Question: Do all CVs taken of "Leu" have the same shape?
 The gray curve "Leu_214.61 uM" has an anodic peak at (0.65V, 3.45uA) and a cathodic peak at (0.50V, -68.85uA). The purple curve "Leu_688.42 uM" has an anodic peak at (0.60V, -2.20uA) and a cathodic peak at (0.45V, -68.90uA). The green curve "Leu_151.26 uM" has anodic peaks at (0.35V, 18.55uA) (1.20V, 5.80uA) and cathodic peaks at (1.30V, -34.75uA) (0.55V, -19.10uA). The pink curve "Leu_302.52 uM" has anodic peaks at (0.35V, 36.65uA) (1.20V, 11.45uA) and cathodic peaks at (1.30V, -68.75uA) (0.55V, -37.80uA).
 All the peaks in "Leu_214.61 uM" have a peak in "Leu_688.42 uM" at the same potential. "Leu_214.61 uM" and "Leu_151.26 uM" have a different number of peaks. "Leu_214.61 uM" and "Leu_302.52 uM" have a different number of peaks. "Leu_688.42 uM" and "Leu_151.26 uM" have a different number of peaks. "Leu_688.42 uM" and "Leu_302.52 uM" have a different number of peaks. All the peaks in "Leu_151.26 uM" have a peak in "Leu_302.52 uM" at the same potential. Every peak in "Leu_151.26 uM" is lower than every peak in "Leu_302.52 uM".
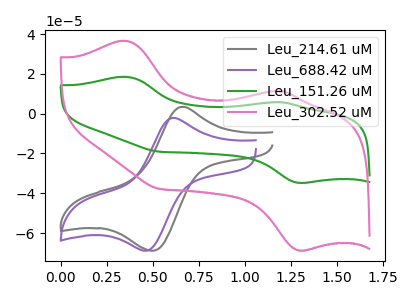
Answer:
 <answer>All the CV's of "Leu" have similar shape.</answer>
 <eval>follow_rule</eval>